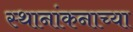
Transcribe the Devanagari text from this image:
स्थानांकनाच्या